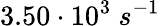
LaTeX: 3.50\cdot 10^{3}\ s^{-1}